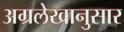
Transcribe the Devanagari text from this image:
अग्रलेखानुसार